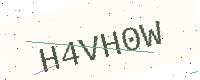
Text: H4VH0W